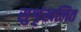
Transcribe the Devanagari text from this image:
सुशृंखलित